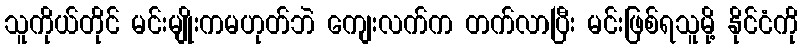
သူကိုယ်တိုင် မင်းမျိုးကမဟုတ်ဘဲ ကျေးလက်က တက်လာပြီး မင်းဖြစ်ရသူမို့ နိုင်ငံကို